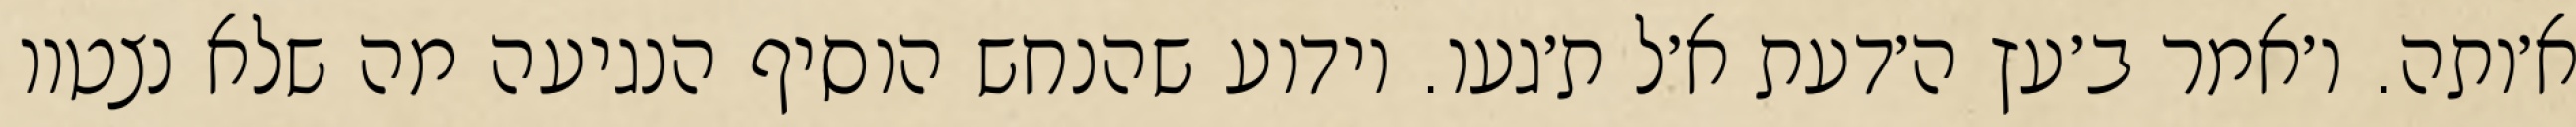
א׳ותה. ו׳אמר ב׳עץ ה׳דעת א׳ל ת׳געו. וידוע שהנחש הוסיף הנגיעה מה שלא נצטוו